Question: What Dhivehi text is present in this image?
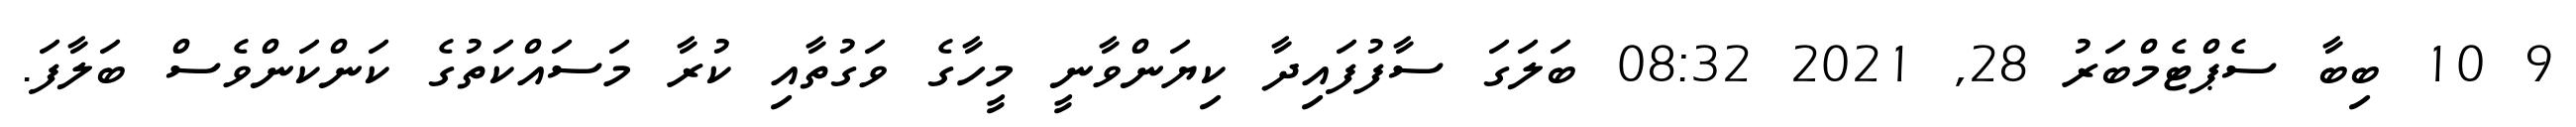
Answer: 9 10 ބިބާ ސެޕްޓެމްބަރު 28, 2021 08:32 ބަލަގަ ސާފުފައިދާ ކިޔަންވާނީ މީހާގެ ވަގުތާއި ކުރާ މަސައްކަތުގެ ކަންކަންވެސް ބަލާފަ.